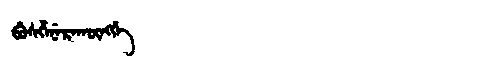
Manchu: ᠪᡠᠰᡥᡝᠨᡝᡵᠠᡴᡡᠩᡤᡝ
Romanization: BUSHENERAKŪNGGE